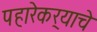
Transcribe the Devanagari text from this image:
पहारेकर्‍याचे